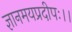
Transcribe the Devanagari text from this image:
ज्ञानमयप्रदीपः।।